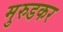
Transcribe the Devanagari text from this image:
मुरुडकर